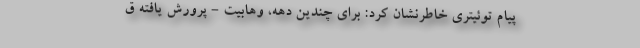
پیام توئیتری خاطرنشان کرد: برای چندین دهه، وهابیت - پرورش یافته ق